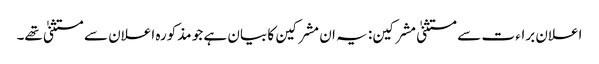
اعلان براء ت سے مستثنیٰ مشرکین: یہ ان مشرکین کا بیان ہے جو مذکورہ اعلان سے مستثنیٰ تھے۔